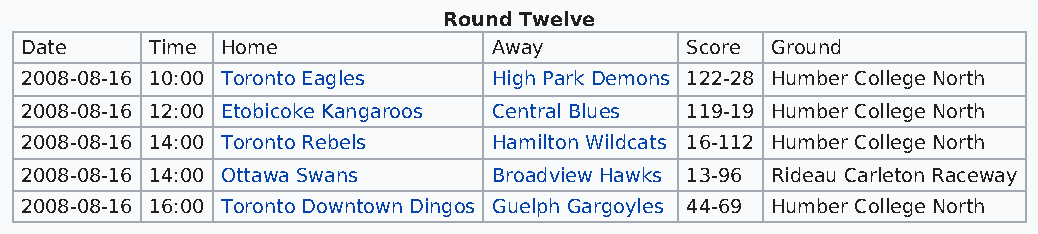
Round Twelve
 Date     Time Home              Away        Score Ground
 2008-08-16 10:00 Toronto Eagles High Park Demons 122-28 Humber College North
 2008-08-16 12:00 Etobicoke Kangaroos Central Blues 119-19 Humber College North
 2008-08-16 14:00 Toronto Rebels Hamilton Wildcats 16-112 Humber College North
 2008-08-16 14:00 Ottawa Swans   Broadview Hawks 13-96 Rideau Carleton Raceway
 2008-08-16 16:00 Toronto Downtown Dingos Guelph Gargoyles 44-69 Humber College North